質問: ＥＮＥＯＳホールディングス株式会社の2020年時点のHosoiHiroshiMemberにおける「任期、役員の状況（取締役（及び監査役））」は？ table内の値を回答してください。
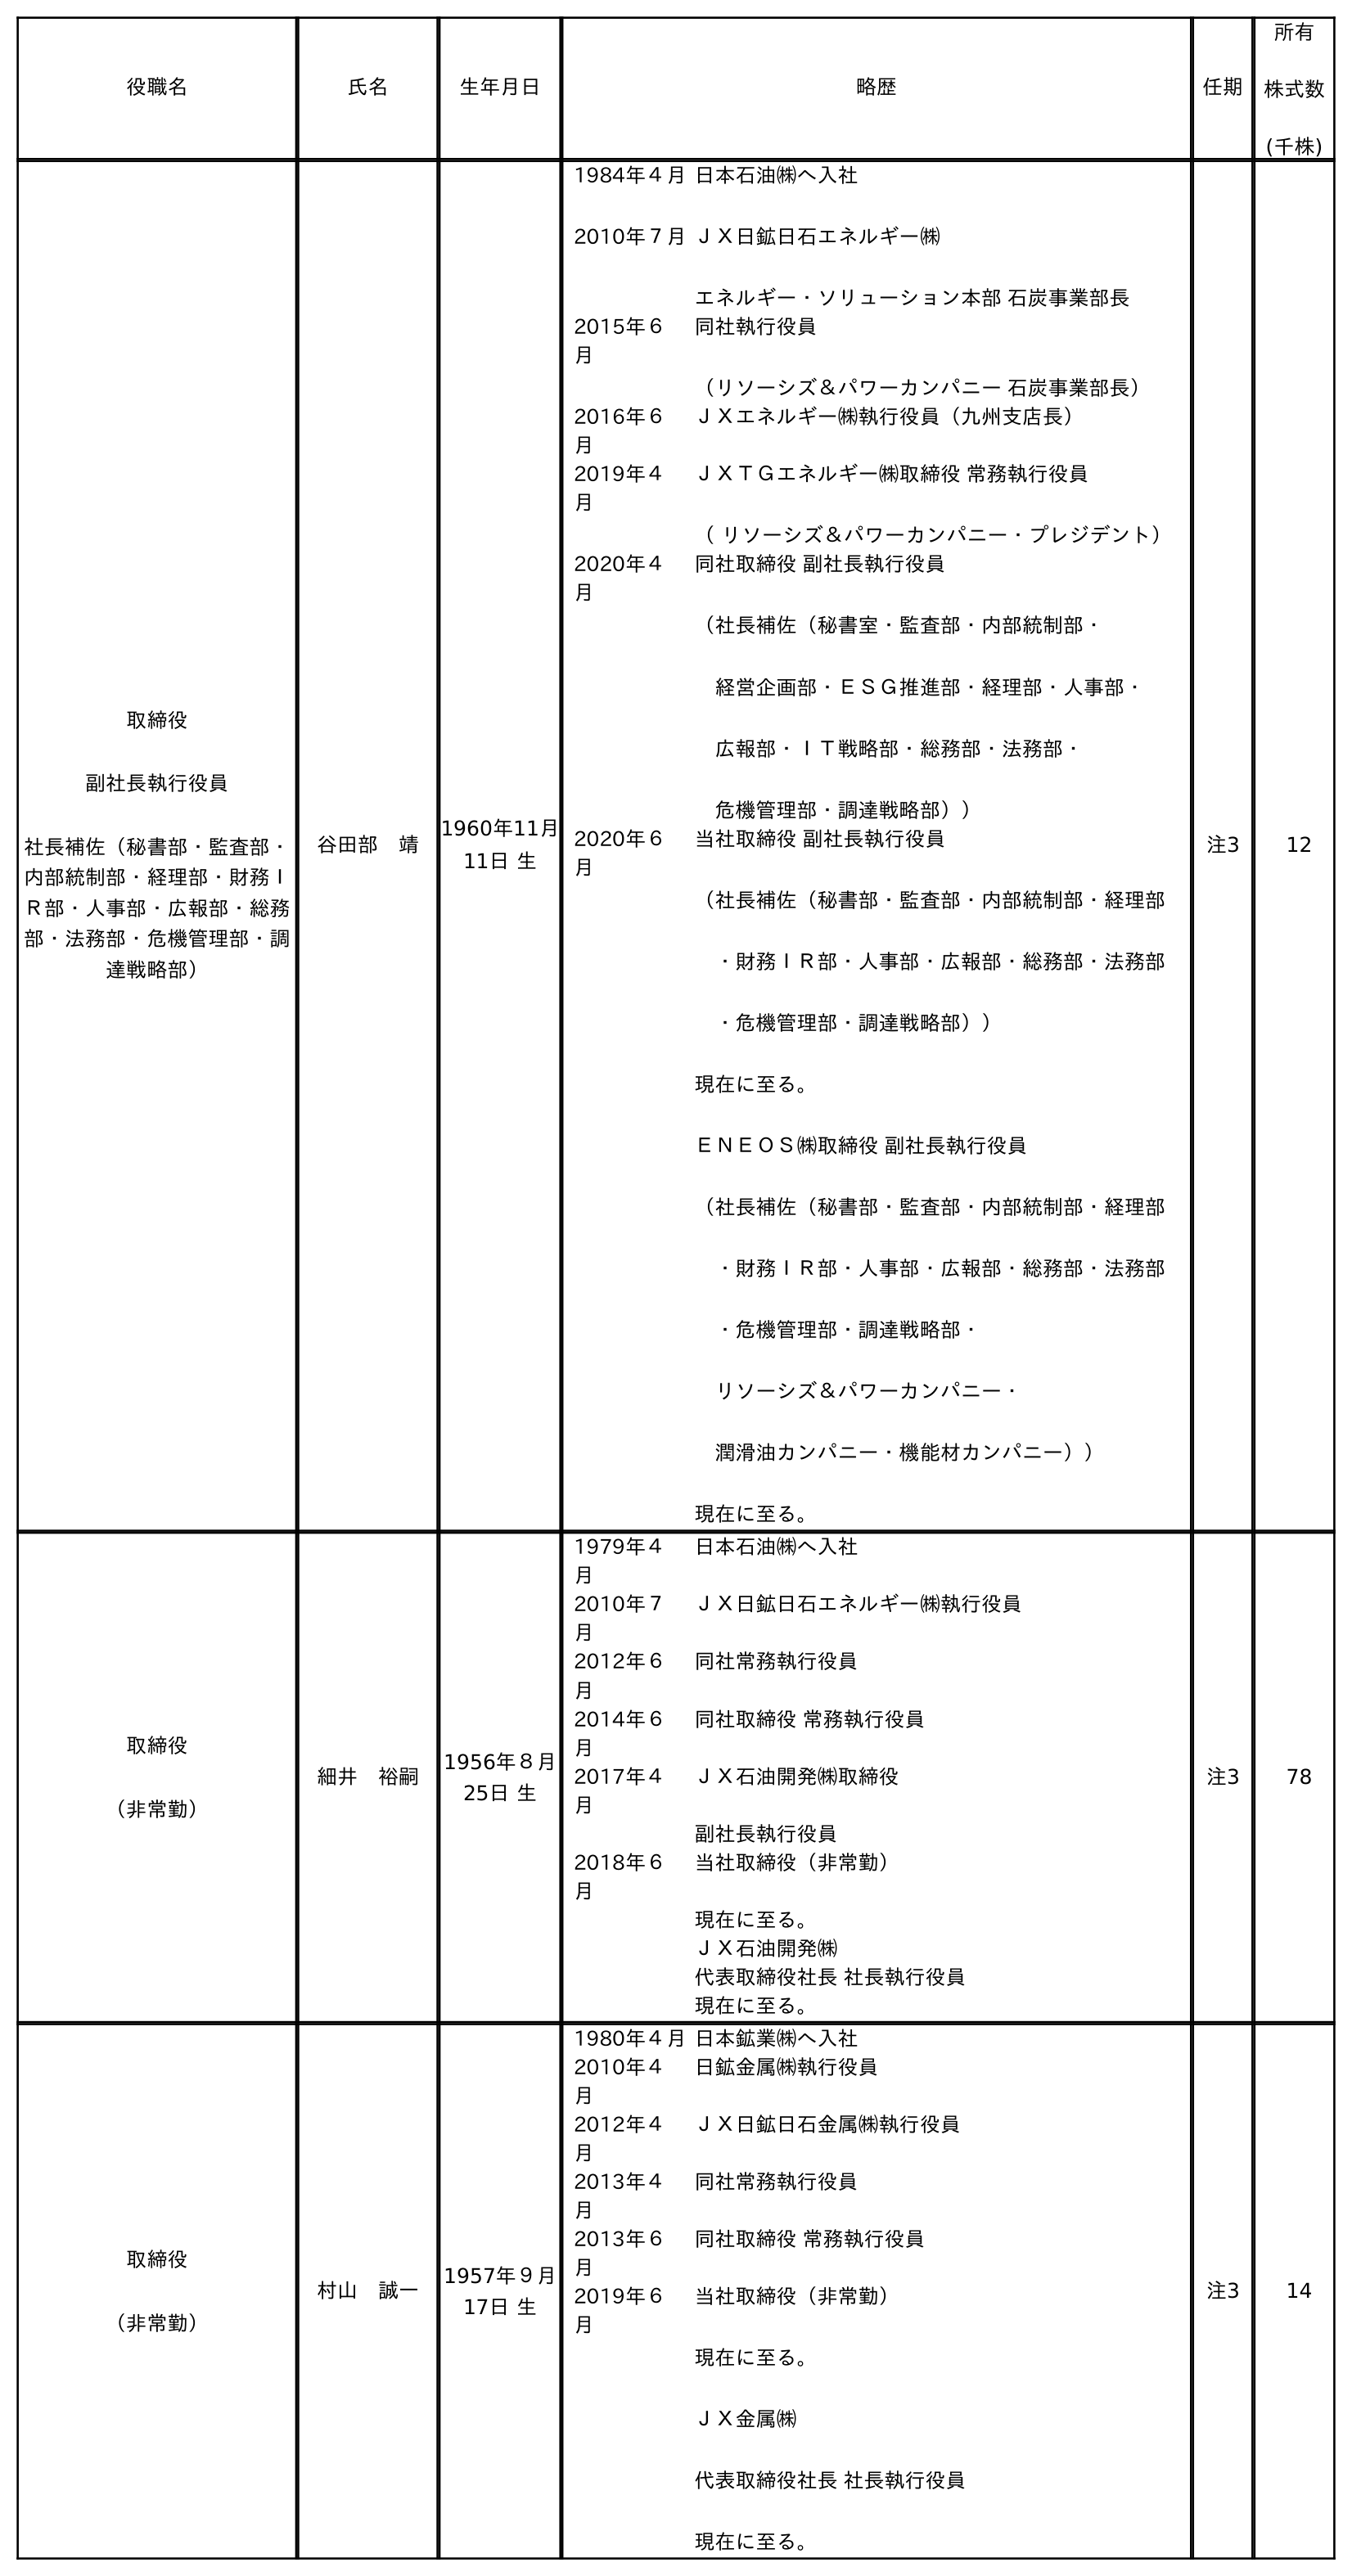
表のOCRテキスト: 役職名 氏名 生年月日 略歴 任期 所有 株式数 (千株) 取締役 副社長執行役員 社長補佐（秘書部・監査部・ 内部統制部・経理部・財務Ｉ Ｒ部・人事部・広報部・総務 部・法務部・危機管理部・調 達戦略部） 谷田部 靖 1960年11月 11日 生 1984年４月 2010年７月 日本石油㈱へ入社 ＪＸ日鉱日石エネルギー㈱ エネルギー・ソリューション本部 石炭事業部長 2015年６ 月 同社執行役員 （リソーシズ＆パワーカンパニー 石炭事業部長） 2016年６ 月 ＪＸエネルギー㈱執行役員（九州支店長） 2019年４ 月 ＪＸＴＧエネルギー㈱取締役 常務執行役員 （ リソーシズ＆パワーカンパニー・プレジデント） 2020年４ 月 同社取締役 副社長執行役員 （社長補佐（秘書室・監査部・内部統制部・ 経営企画部・ＥＳＧ推進部・経理部・人事部・ 広報部・ＩＴ戦略部・総務部・法務部・ 危機管理部・調達戦略部）） 2020年６ 月 当社取締役 副社長執行役員 （社長補佐（秘書部・監査部・内部統制部・経理部 ・財務ＩＲ部・人事部・広報部・総務部・法務部 ・危機管理部・調達戦略部）） 現在に至る。 ＥＮＥＯＳ㈱取締役 副社長執行役員 （社長補佐（秘書部・監査部・内部統制部・経理部 ・財務ＩＲ部・人事部・広報部・総務部・法務部 ・危機管理部・調達戦略部・ リソーシズ＆パワーカンパニー・ 潤滑油カンパニー・機能材カンパニー）） 現在に至る。 注3 12 取締役 （非常勤） 細井 裕嗣 1956年８月 25日 生 1979年４ 月 日本石油㈱へ入社 2010年７ 月 ＪＸ日鉱日石エネルギー㈱執行役員 2012年６ 月 同社常務執行役員 2014年６ 月 同社取締役 常務執行役員 2017年４ 月 ＪＸ石油開発㈱取締役 副社長執行役員 2018年６ 月 当社取締役（非常勤） 現在に至る。 ＪＸ石油開発㈱ 代表取締役社長 社長執行役員 現在に至る。 注3 78 取締役 （非常勤） 村山 誠一 1957年９月 17日 生 1980年４月日本鉱業㈱へ入社 2010年４ 月 日鉱金属㈱執行役員 2012年４ 月 ＪＸ日鉱日石金属㈱執行役員 2013年４ 月 同社常務執行役員 2013年６ 月 同社取締役 常務執行役員 2019年６ 月 当社取締役（非常勤） 現在に至る。 ＪＸ金属㈱ 代表取締役社長 社長執行役員 現在に至る。 注3 14
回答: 注3